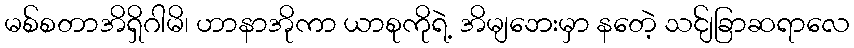
မစ်စတာအိရှိဂါမိ၊ ဟာနာအိုကာ ယာစုကိုရဲ့ အိမျဘေးမှာ နတေဲ့ သင်ျခြာဆရာလေ